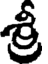
శ్రీ